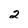
Character: 2